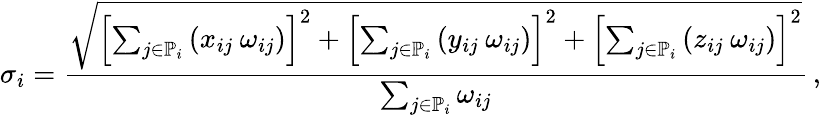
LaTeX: \sigma_{i}=\frac{\sqrt{\left[\sum_{j\in\mathbb{P}_{i}}\left(x_{ij}\: \omega_{ij}\right)\right]^{2}+\left[\sum_{j\in\mathbb{P}_{i}}\left(y_{ij}\: \omega_{ij}\right)\right]^{2}+\left[\sum_{j\in\mathbb{P}_{i}}\left(z_{ij}\: \omega_{ij}\right)\right]^{2}}}{\sum_{j\in\mathbb{P}_{i}}\omega_{ij}}\, ,